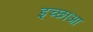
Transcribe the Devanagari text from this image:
इच्छाआ